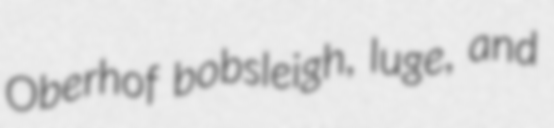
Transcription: Oberhof bobsleigh, luge, and